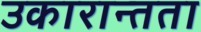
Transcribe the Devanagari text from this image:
उकारान्तता